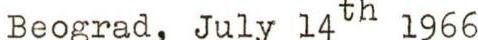
Beograd, July 14th 1966